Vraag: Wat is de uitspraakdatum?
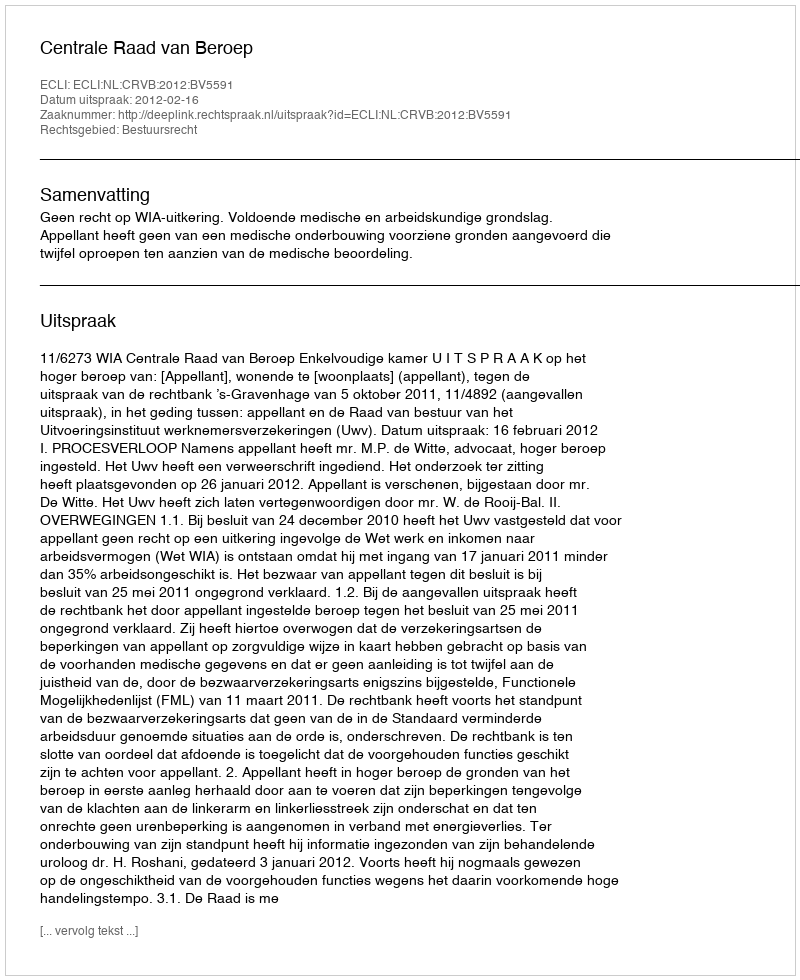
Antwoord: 2012-02-16